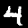
Digit: 4